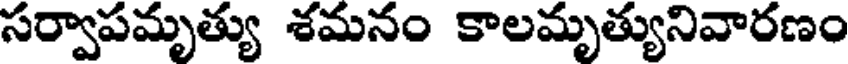
సర్వాపమృత్యు శమనం కాలమృత్యునివారణం